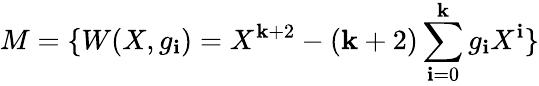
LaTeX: M=\{ W(X,g_{\mathbf{i}})=X^{\mathbf{k}+2}-(\mathbf{k}+2)\sum_{\mathbf{i}=0}^{\mathbf{k}}g_{\mathbf{i}}X^{\mathbf{i}}\}